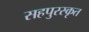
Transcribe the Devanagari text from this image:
सहपुरस्कृत